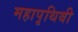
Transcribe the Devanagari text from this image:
महापृथिबी